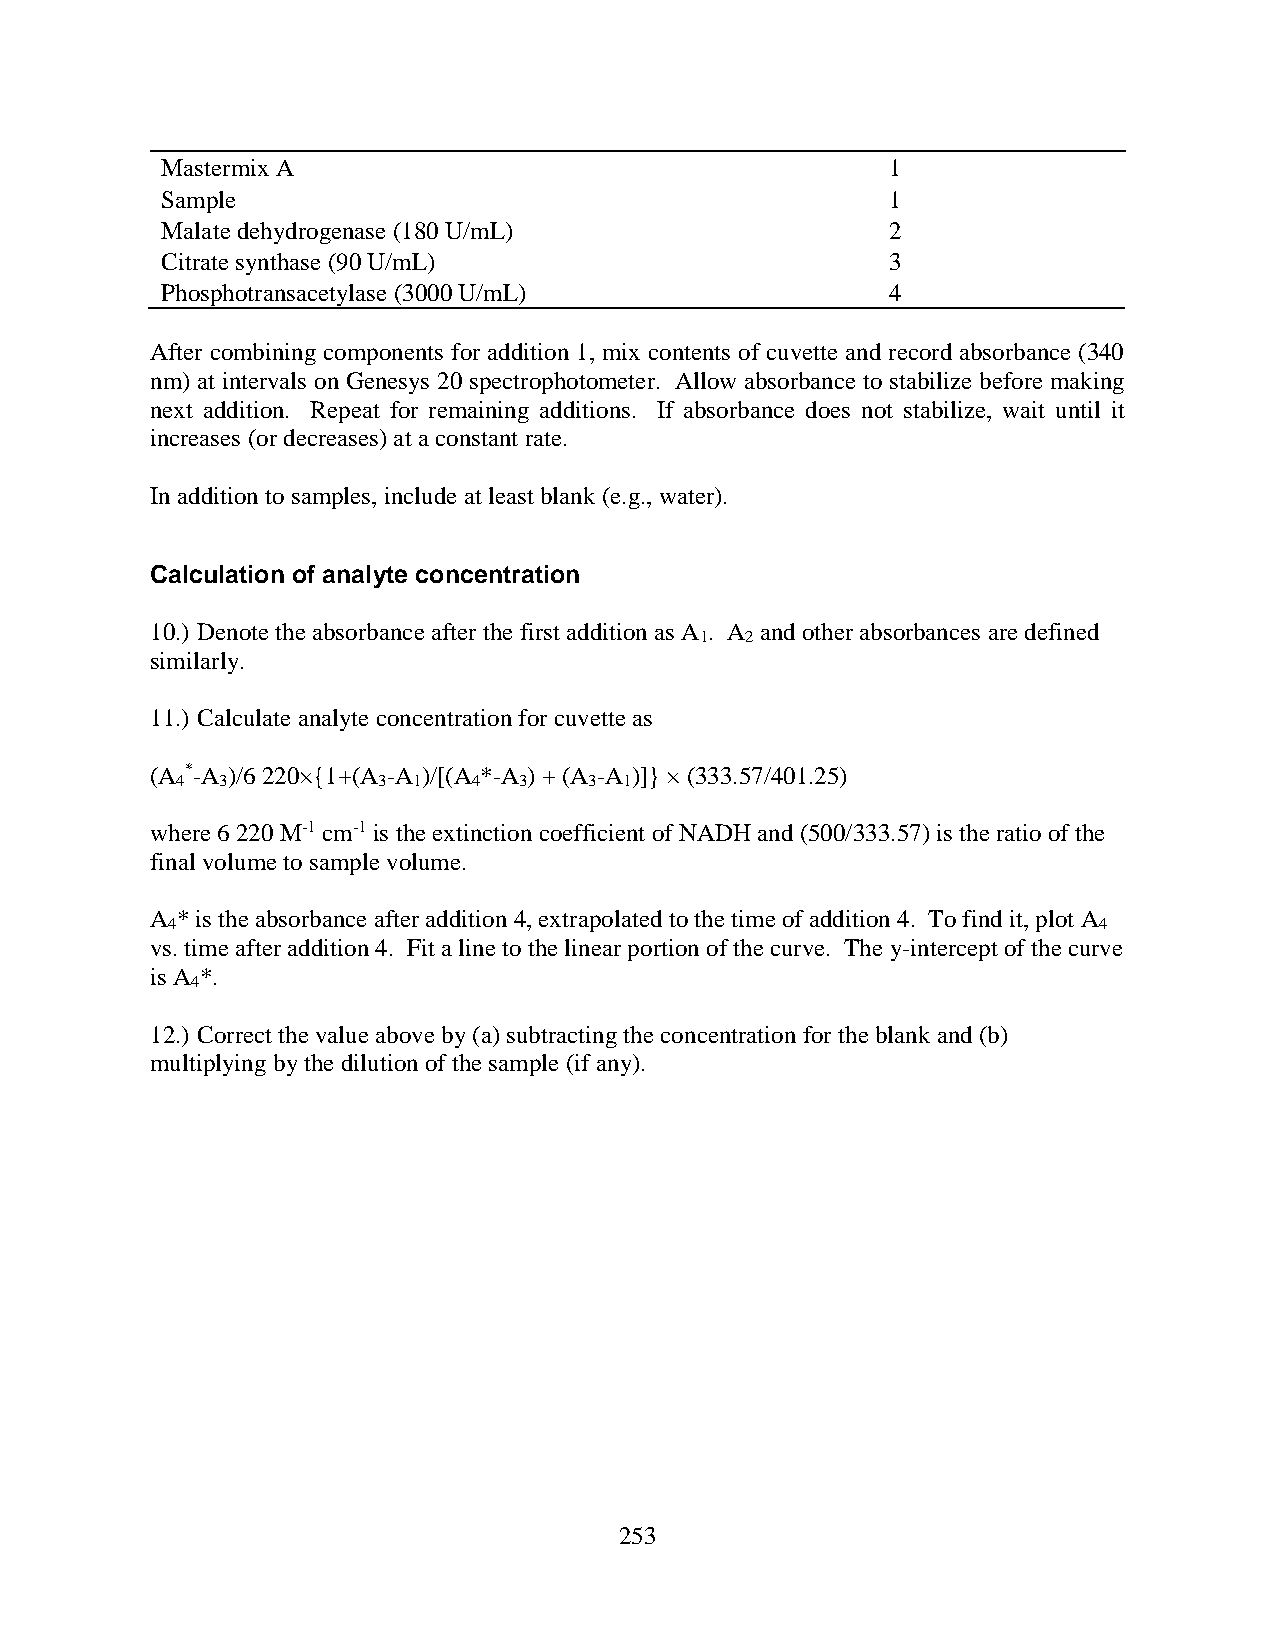
Mastermix A                                     1
 Sample                                          1
 Malate dehydrogenase (180 U/mL)                 2
 Citrate synthase (90 U/mL)                      3
 Phosphotransacetylase (3000 U/mL)               4
 After combining components for addition 1, mix contents of cuvette and record absorbance (340
 nm) at intervals on Genesys 20 spectrophotometer. Allow absorbance to stabilize before making
 next addition. Repeat for remaining additions. If absorbance does not stabilize, wait until it
 increases (or decreases) at a constant rate.
 In addition to samples, include at least blank (e.g., water).
 Calculation of analyte concentration
 10.) Denote the absorbance after the first addition as A . A and other absorbances are defined
 1  2
 similarly.
 11.) Calculate analyte concentration for cuvette as
 (A *-A )/6 220×{1+(A -A )/[(A *-A ) + (A -A )]} × (333.57/401.25)
 4  3         3 1   4  3    3 1
 where 6 220 M-1 cm-1 is the extinction coefficient of NADH and (500/333.57) is the ratio of the
 final volume to sample volume.
 A * is the absorbance after addition 4, extrapolated to the time of addition 4. To find it, plot A
 4                                                             4
 vs. time after addition 4. Fit a line to the linear portion of the curve. The y-intercept of the curve
 is A *.
 4
 12.) Correct the value above by (a) subtracting the concentration for the blank and (b)
 multiplying by the dilution of the sample (if any).
 253